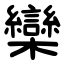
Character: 欒